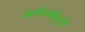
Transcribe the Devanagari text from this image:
जातीधर्मापूरती